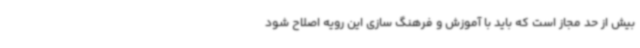
بیش از حد مجاز است که باید با آموزش و فرهنگ سازی این رویه اصلاح شود